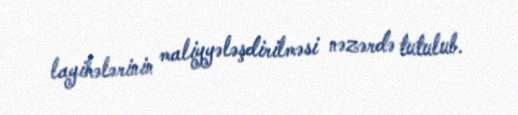
layihələrinin maliyyələşdirilməsi nəzərdə tutulub.